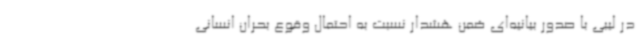
در لیبی با صدور بیانیه‌ای ضمن هشدار نسبت به احتمال وقوع بحران انسانی